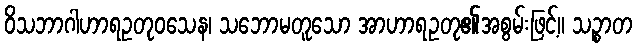
ဝိသဘာဂါဟာရဥတုဝသေန၊ သဘောမတူသော အာဟာရဥတု၏အစွမ်းဖြင့်။ သဉ္စာတ